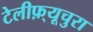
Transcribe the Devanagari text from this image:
टेलीफ़्यूचुरा